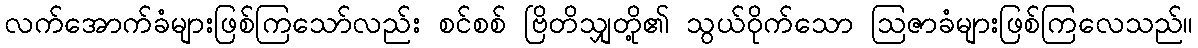
လက်အောက်ခံများဖြစ်ကြသော်လည်း စင်စစ် ဗြိတိသျှတို့၏ သွယ်ဝိုက်သော ဩဇာခံများဖြစ်ကြလေသည်။